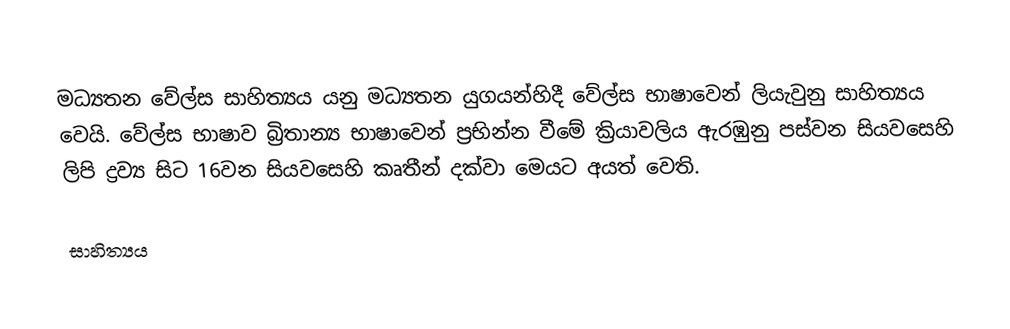
මධ්‍යතන වේල්ස සාහිත්‍යය යනු මධ්‍යතන යුගයන්හිදී වේල්ස භාෂාවෙන් ලියැවුනු සාහිත්‍යය වෙයි.   වේල්ස භාෂාව බ්‍රිතාන්‍ය භාෂාවෙන් ප්‍රභින්න වීමේ ක්‍රියාවලිය ඇරඹුනු පස්වන සියවසෙහි ලිපි ද්‍රව්‍ය සිට 16වන සියවසෙහි කෘතීන් දක්වා මෙයට අයත් වෙති.

සාහිත්‍යය